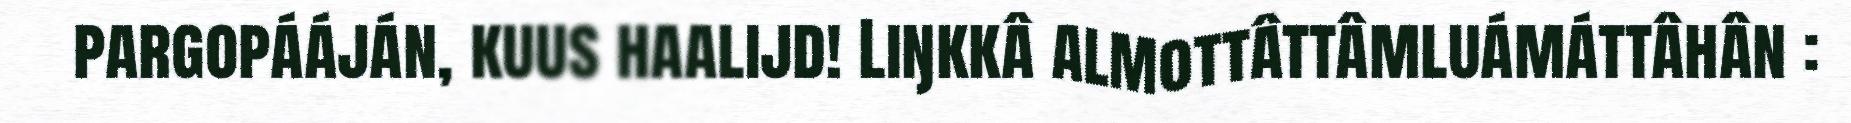
pargopááján, kuus haalijd! Liŋkkâ almottâttâmluámáttâhân :